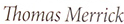
Thomas Marrick